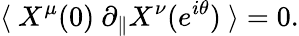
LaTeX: \langle\ X^{\mu}(0)\ \partial_{\parallel}X^{\nu}(e^{i\theta})\ \rangle=0.